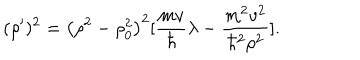
LaTeX: ( \rho ^ { \prime } ) ^ { 2 } = \bigl ( \rho ^ { 2 } - \rho _ { 0 } ^ { 2 } \bigr ) ^ { 2 } [ { \frac { m v } { \hbar } } \lambda - { \frac { m ^ { 2 } v ^ { 2 } } { \hbar ^ { 2 } \rho ^ { 2 } } } ] .